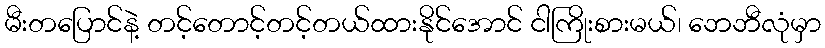
မီးတပြောင်နဲ့ တင့်တောင့်တင့်တယ်ထားနိုင်အောင် ငါကြိုးစားမယ်၊ ဘေဘီလုံမှာ